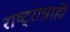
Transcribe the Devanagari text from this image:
राष्ट्रान्नाही